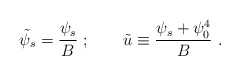
\begin{align*}\tilde\psi_s = {\psi_s\over B} \ ;\qquad \tilde u\equiv {\psi_s + \psi_0^4\over B}\ .\end{align*}